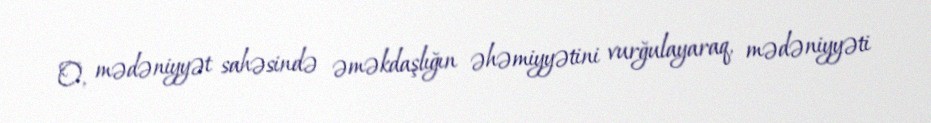
O, mədəniyyət sahəsində əməkdaşlığın əhəmiyyətini vurğulayaraq, mədəniyyəti